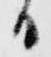
日